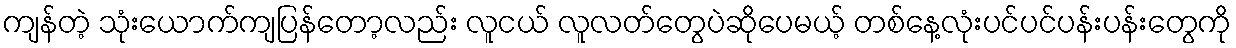
ကျန်တဲ့ သုံးယောက်ကျပြန်တော့လည်း လူငယ် လူလတ်တွေပဲဆိုပေမယ့် တစ်နေ့လုံးပင်ပင်ပန်းပန်းတွေကို